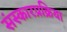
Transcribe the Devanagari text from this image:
संस्कारप्रक्रिया